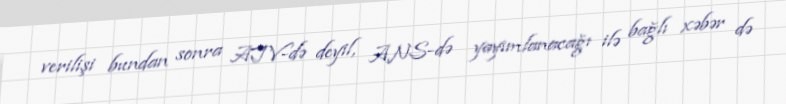
verilişi bundan sonra ATV-də deyil, ANS-də yayımlanacağı ilə bağlı xəbər də